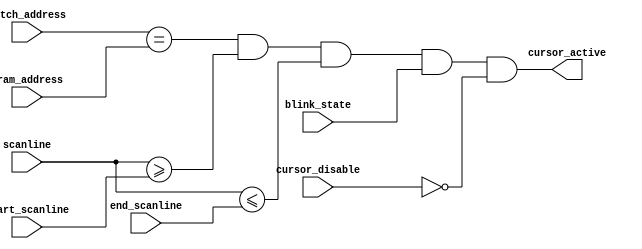
/*
 * SPDX-License-Identifier: BSD-3-Clause
 *
 * Copyright 2022 Tom Storey <https://github.com/tomstorey/vga_crtc>
 *
 * Redistribution and use in source and binary forms, with or without
 * modification, are permitted provided that the following conditions
 * are met:
 *
 * 1. Redistributions of source code must retain the above copyright
 * notice, this list of conditions and the following disclaimer.
 *
 * 2. Redistributions in binary form must reproduce the above copyright
 * notice, this list of conditions and the following disclaimer in the
 * documentation and/or other materials provided with the distribution.
 *
 * 3. Neither the name of the copyright holder nor the names of its
 * contributors may be used to endorse or promote products derived from
 * this software without specific prior written permission.
 *
 * THIS SOFTWARE IS PROVIDED BY THE COPYRIGHT HOLDERS AND CONTRIBUTORS
 * "AS IS" AND ANY EXPRESS OR IMPLIED WARRANTIES, INCLUDING, BUT NOT
 * LIMITED TO, THE IMPLIED WARRANTIES OF MERCHANTABILITY AND FITNESS FOR
 * A PARTICULAR PURPOSE ARE DISCLAIMED. IN NO EVENT SHALL THE COPYRIGHT
 * HOLDER OR CONTRIBUTORS BE LIABLE FOR ANY DIRECT, INDIRECT, INCIDENTAL,
 * SPECIAL, EXEMPLARY, OR CONSEQUENTIAL DAMAGES (INCLUDING, BUT NOT
 * LIMITED TO, PROCUREMENT OF SUBSTITUTE GOODS OR SERVICES; LOSS OF USE,
 * DATA, OR PROFITS; OR BUSINESS INTERRUPTION) HOWEVER CAUSED AND ON ANY
 * THEORY OF LIABILITY, WHETHER IN CONTRACT, STRICT LIABILITY, OR TORT
 * (INCLUDING NEGLIGENCE OR OTHERWISE) ARISING IN ANY WAY OUT OF THE USE
 * OF THIS SOFTWARE, EVEN IF ADVISED OF THE POSSIBILITY OF SUCH DAMAGE.
 */

`timescale 1ns/1ns

module cursor
(
    input wire [10:0] vram_address,
    input wire [3:0] scanline,
    input wire blink_state,
    
    input wire [10:0] match_address,
    input wire cursor_disable,
    input wire [3:0] start_scanline,
    input wire [3:0] end_scanline,
    
    output wire cursor_active
);
    /* The cursor is active when:
     *
     *  - The current VRAM address for loading colour attribute and font pixel
     *    data matches the configured match address; and
     *  - The current scanline is >= to the configured start scanline; and
     *  - The current scanline is <= to the configured end scanline; and
     *  - The blink state input is a logic high; and
     *  - The cursor is not disabled
     *
     * When all of the conditions above are met, the cursor will be drawn to the
     * screen by the pixel generator. */
    assign cursor_active = ((match_address == vram_address) &
                            (scanline >= start_scanline) &
                            (scanline <= end_scanline)) &
                           blink_state &
                           ~cursor_disable;
endmodule